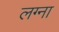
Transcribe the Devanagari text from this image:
लग्ना